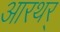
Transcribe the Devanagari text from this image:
आरथर्